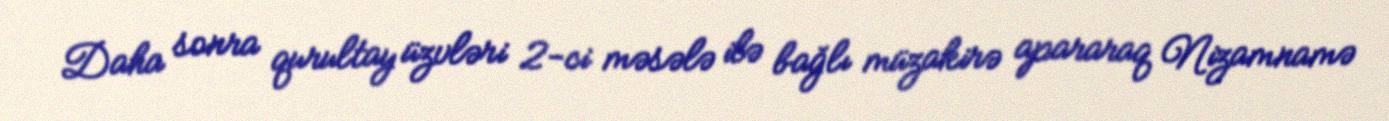
Daha sonra qurultay üzvləri 2-ci məsələ ilə bağlı müzakirə apararaq Nizamnamə